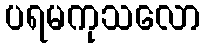
ပရမကုသလော